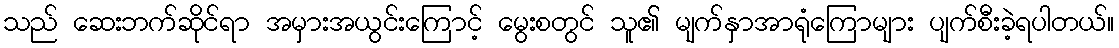
သည် ဆေးဘက်ဆိုင်ရာ အမှားအယွင်းကြောင့် မွေးစတွင် သူ၏ မျက်နှာအာရုံကြောများ ပျက်စီးခဲ့ရပါတယ်။